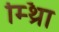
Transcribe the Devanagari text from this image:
म्थ्राि